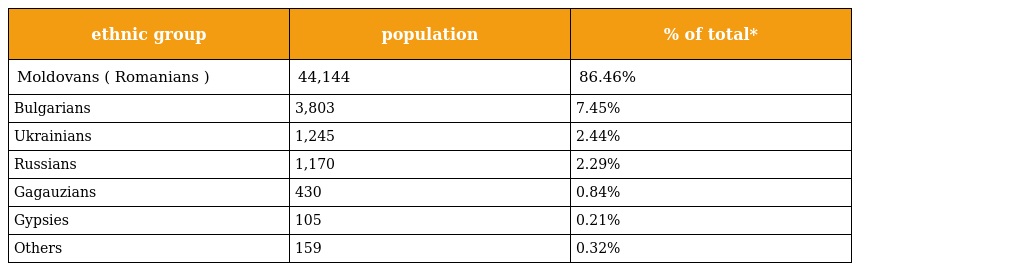
| ethnic group | population | % of total* |
 | --- | --- | --- |
 | Moldovans ( Romanians ) | 44,144 | 86.46% |
 | Bulgarians | 3,803 | 7.45% |
 | Ukrainians | 1,245 | 2.44% |
 | Russians | 1,170 | 2.29% |
 | Gagauzians | 430 | 0.84% |
 | Gypsies | 105 | 0.21% |
 | Others | 159 | 0.32% |